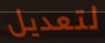
لتعديل